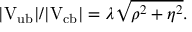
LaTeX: | \mathrm { V _ { u b } } | / | \mathrm { V _ { c b } } | = \lambda \sqrt { \rho ^ { 2 } + \eta ^ { 2 } } .